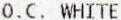
O.C. WHITE